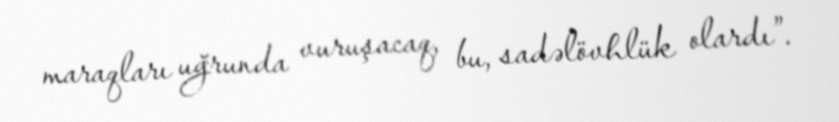
maraqları uğrunda vuruşacaq, bu, sadəlövhlük olardı”.